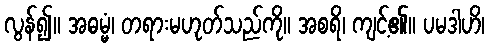
လွန်၍။ အဓမ္မံ၊ တရားမဟုတ်သည်ကို။ အစရိ၊ ကျင့်၏။ ပမဒါဟိ၊